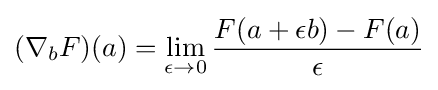
(\nabla _{b}F)(a)=\lim _{\epsilon \rightarrow 0}{\frac {F(a+\epsilon b)-F(a)}{\epsilon }}